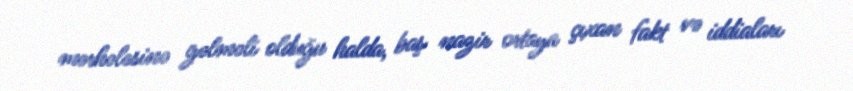
mərhələsinə gəlməli olduğu halda, baş nazir ortaya çıxan fakt və iddiaları